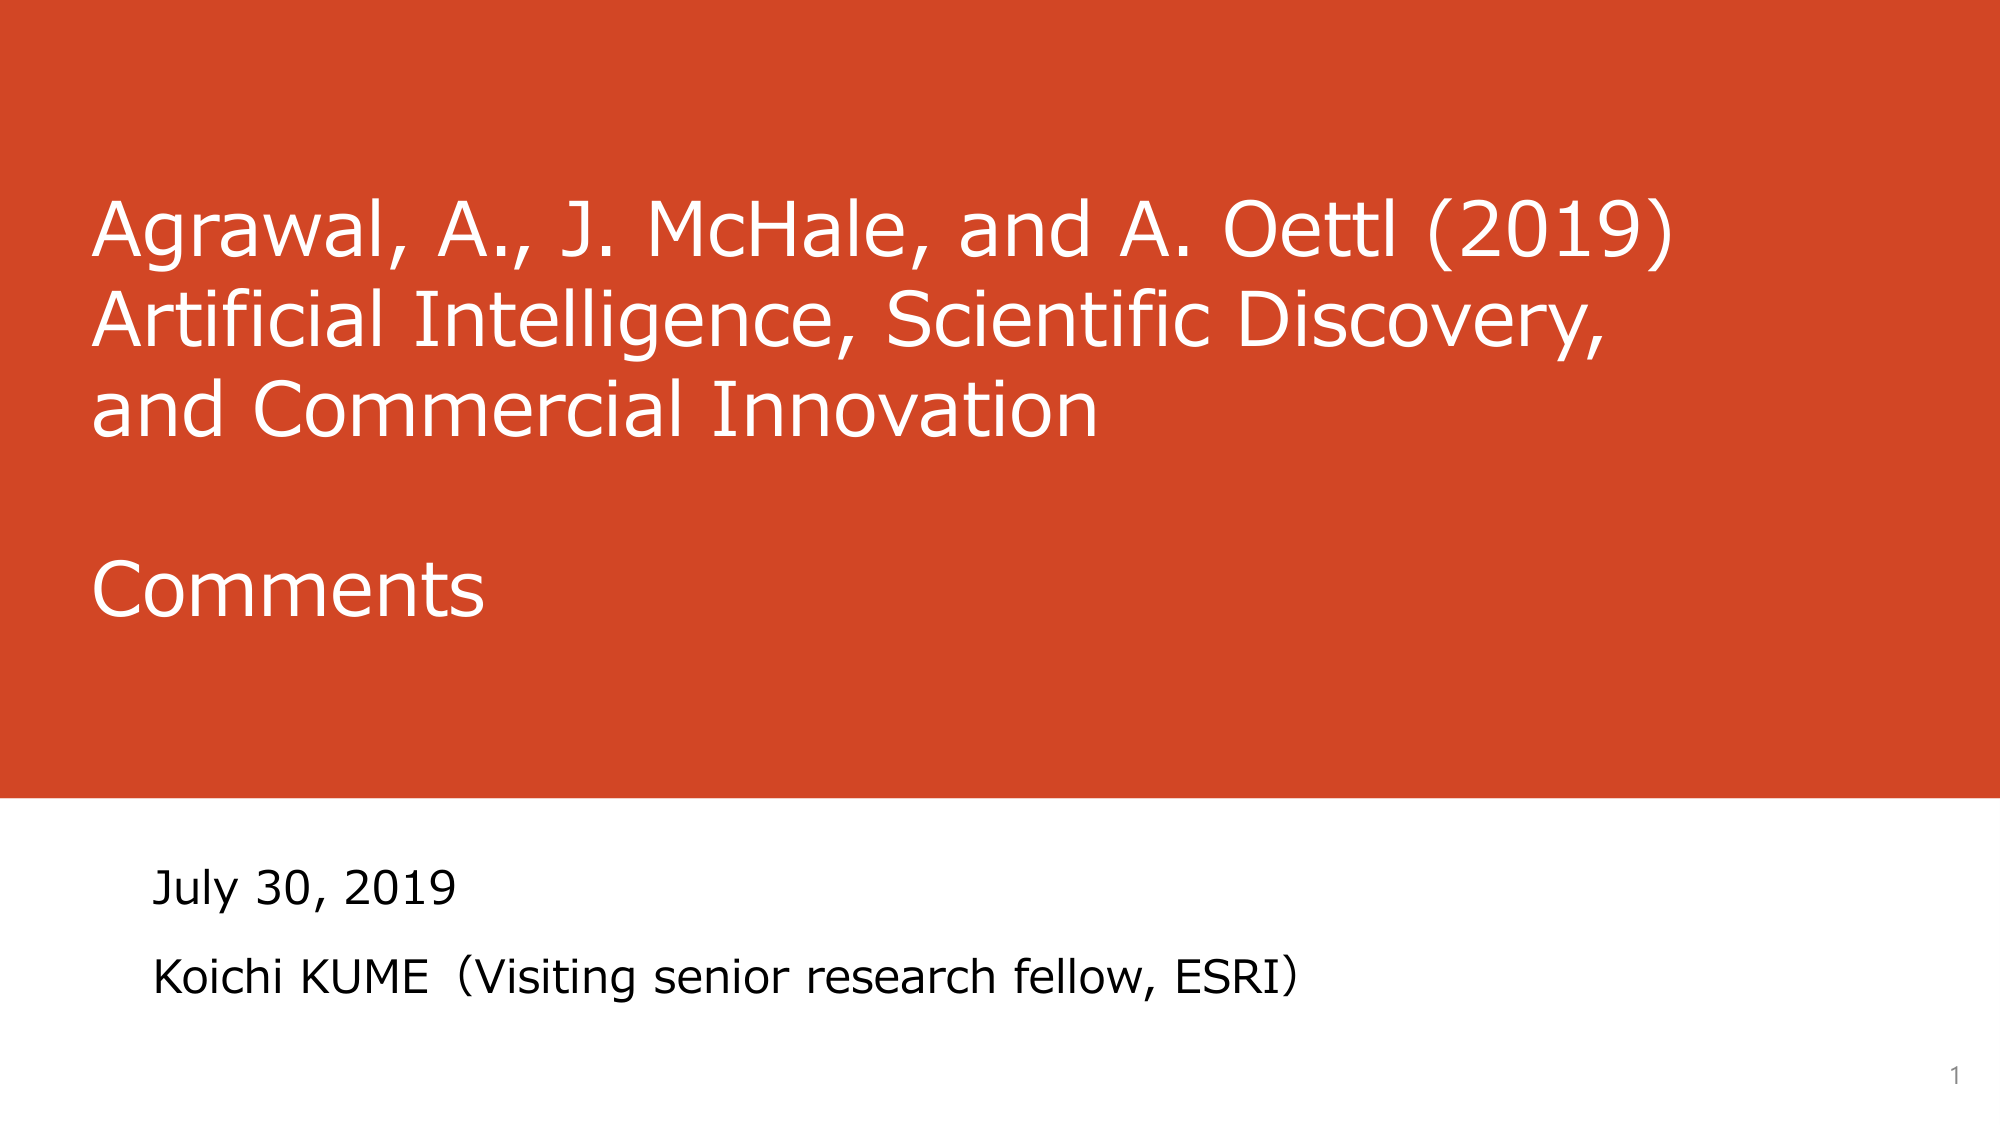
Agrawal, A., J. McHale, and A. Oettl (2019)
Artificial Intelligence, Scientific Discovery,
and Commercial Innovation

Comments

July 30, 2019
Koichi KUME (Visiting senior research fellow, ESRI)

1